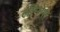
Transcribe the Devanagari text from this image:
लीमोस